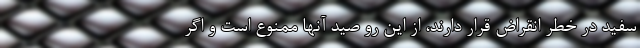
سفید در خطر انقراض قرار دارند، از این رو صید آنها ممنوع است و اگر